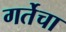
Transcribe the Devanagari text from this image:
गर्तेचा